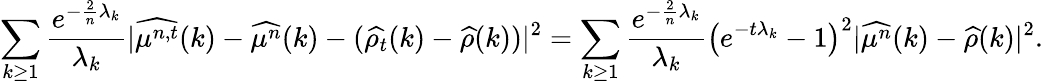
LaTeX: \sum_{k\geq 1}\frac{e^{-\frac{2}{n}\lambda_{k}}}{\lambda_{k}}\vert\widehat{\mu^{n,t}}(k)-\widehat{\mu^{n}}(k)-(\widehat{\rho_{t}}(k)-\widehat{\rho}(k))\vert^{2}=\sum_{k\geq 1}\frac{e^{-\frac{2}{n}\lambda_{k}}}{\lambda_{k}}\big(e^{-t\lambda_{k}}-1\big)^{2}\vert\widehat{\mu^{n}}(k)-\widehat{\rho}(k)\vert^{2}.